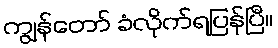
ကျွန်တော် ခံလိုက်ရပြန်ပြီ။